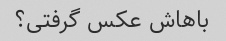
باهاش ​​عکس گرفتی؟